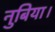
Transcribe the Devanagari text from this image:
नुबिया।